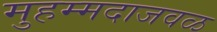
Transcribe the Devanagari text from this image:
मुहम्मदाजवळ